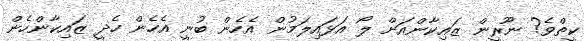
ކީތްވެ? ނޫރީން ޒައިކާންއަށް ލޯ އަޅައިލަމުން އެހެން ބުނީ އެހެން ހެދީ ޒައިކާންހެން